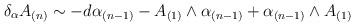
LaTeX: \begin{align*}\delta_{\alpha} A_{(n)} \sim -d\alpha_{(n-1)} - A_{(1)} \wedge \alpha_{(n-1)}+ \alpha_{(n-1)} \wedge A_{(1)}\end{align*}